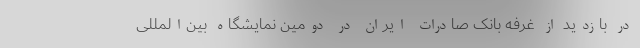
در بازدید از غرفه بانک صادرات ایران در دومین نمایشگاه بین‌المللی